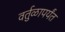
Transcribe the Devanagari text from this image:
वर्तुळापर्यंत